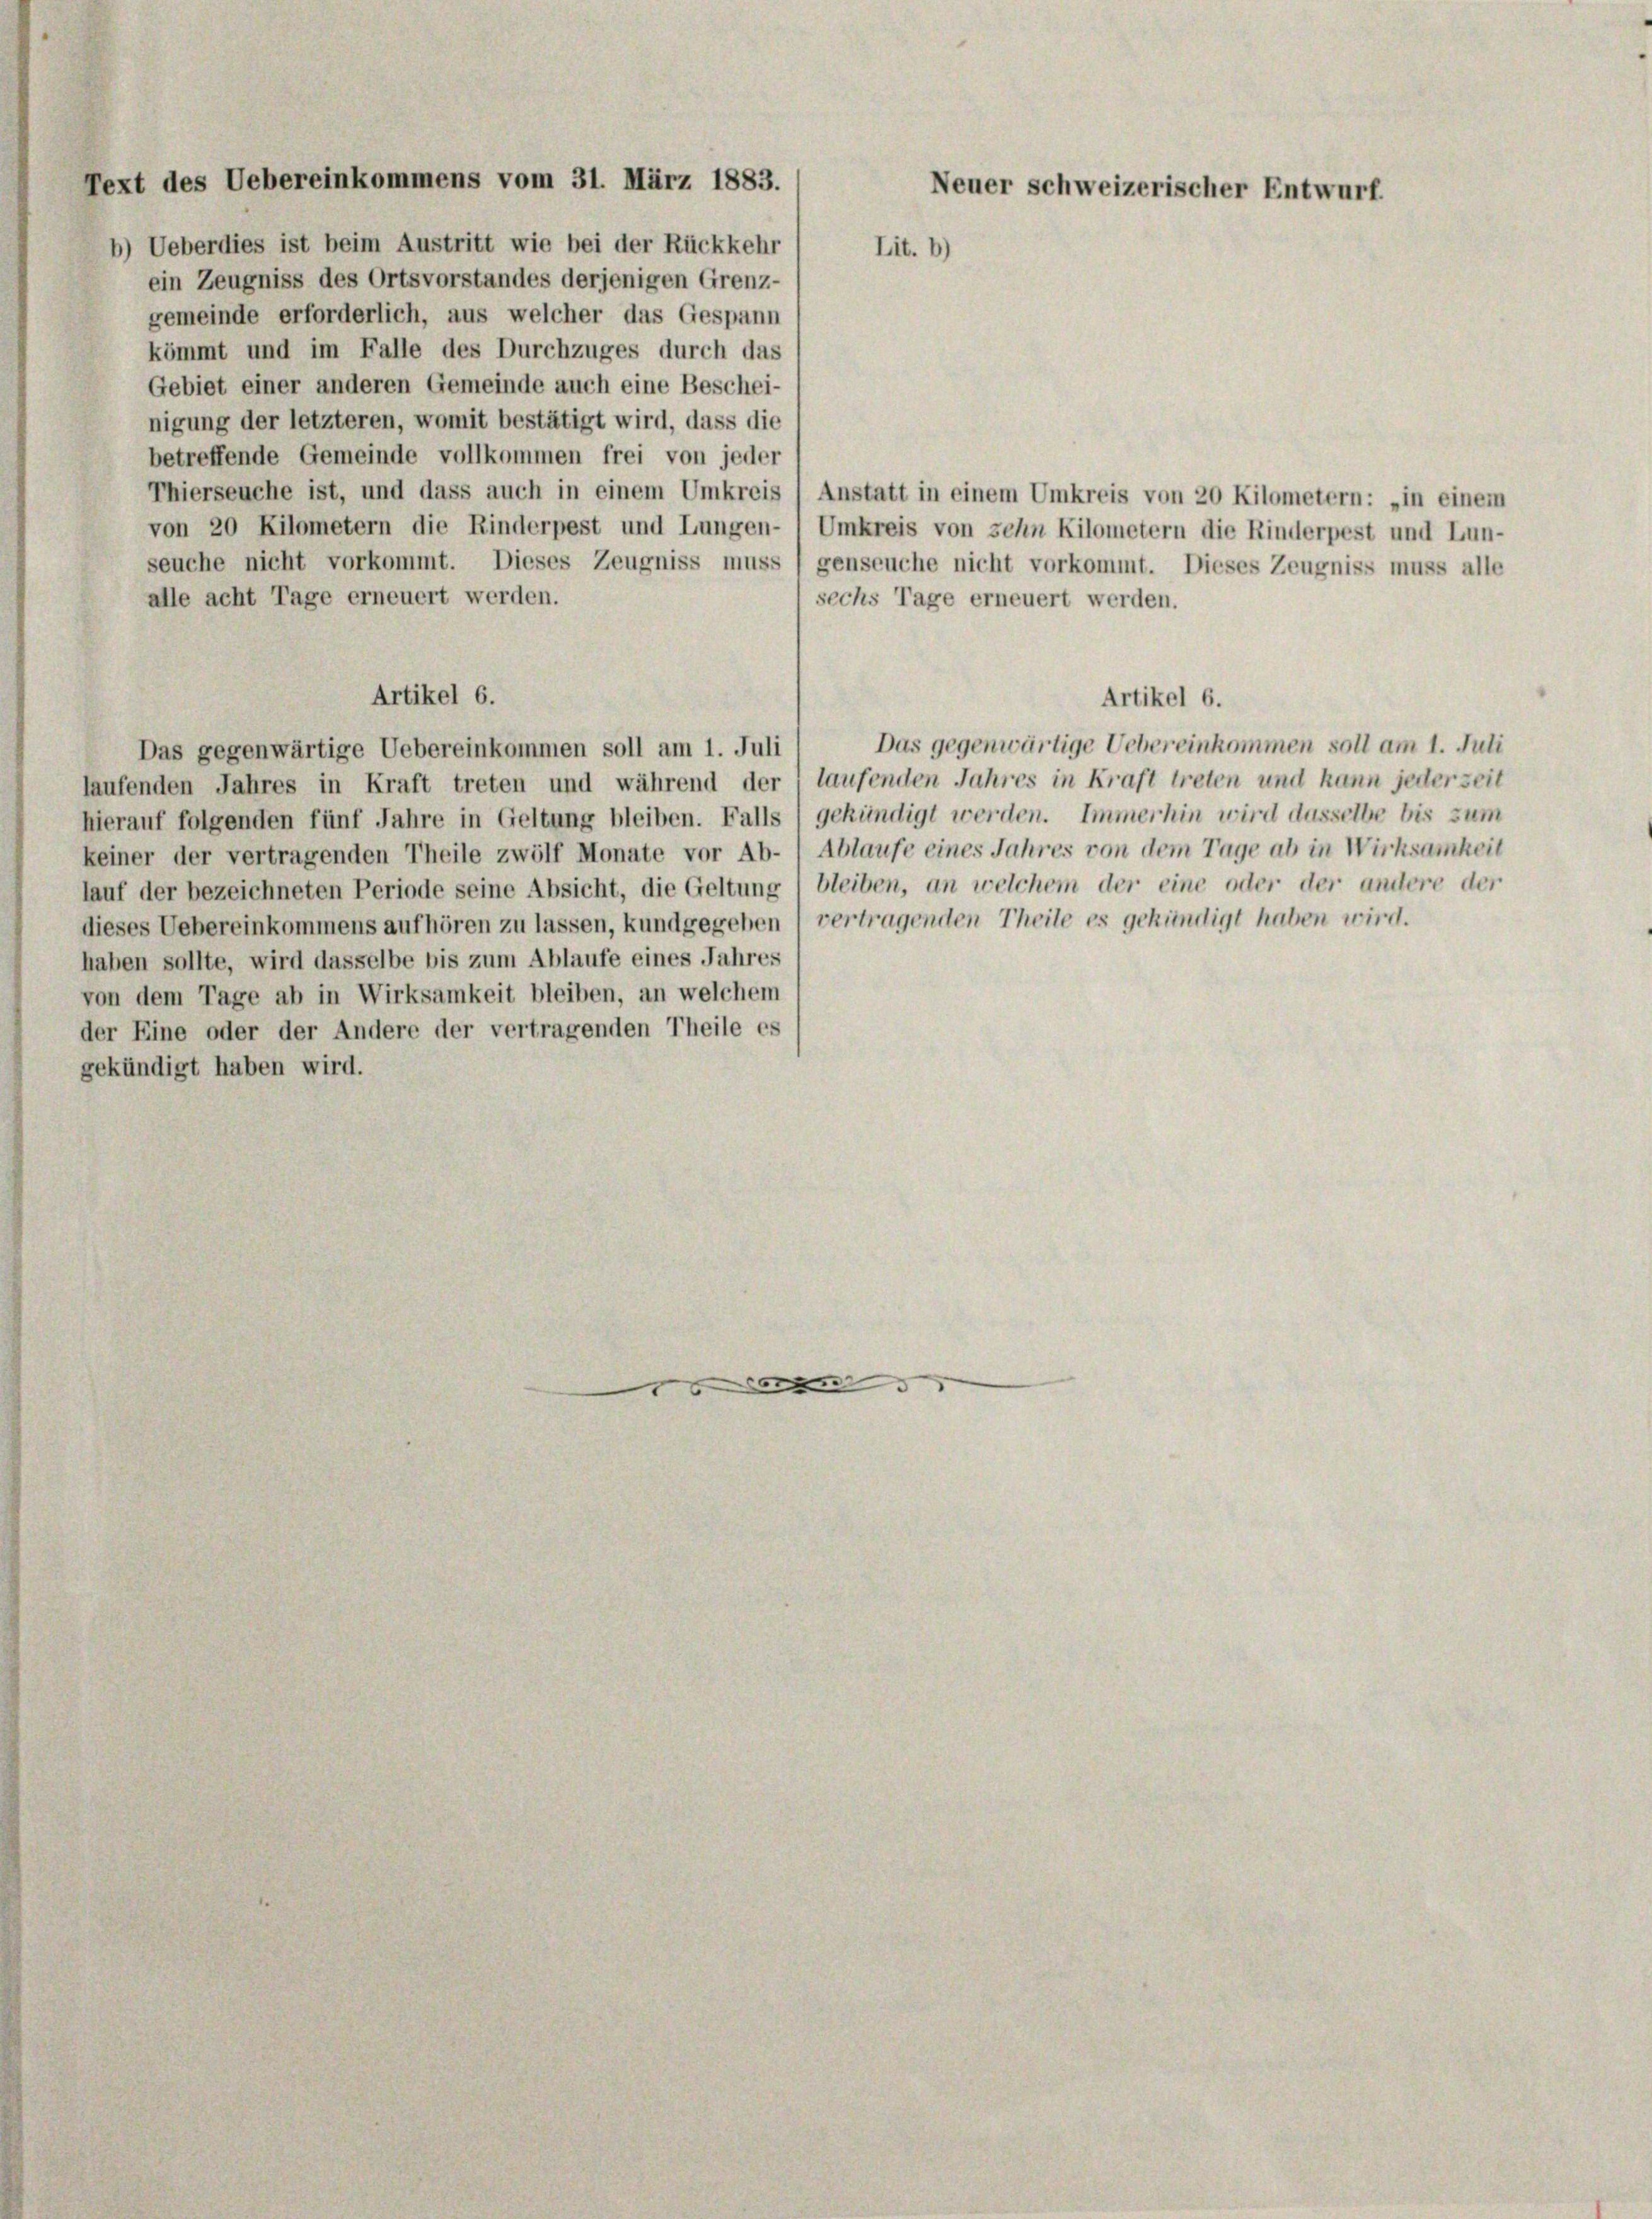
gemeinde erforderlich, aus welcher das Gespann
kömmt und im Falle des Durchzuges durch das
Gebiet einer anderen Gemeinde auch eine Beschei-
nigung der letzteren, womit bestätigt wird, dass die
betreffende Gemeinde vollkommen frei von jeder
Thierseuche ist, und dass auch in einem Umkreis / Anstatt in einem Umkreis von 20 Kilometern: „in einem
von 20 Kilometern die Rinderpest und Lungen- 1 Umkreis von sehn Kilometern die Rinderpest und Lun-
seuche nicht vorkommt. Dieses Zeugniss muss (genseuche nicht vorkommt. Dieses Zeugniss muss alle
alle acht Tage erneuert werden.
sechs Tage erneuert werden.
Artikel 6.
Artikel 6.
Das gegenwärtige Uebereinkommen soll am 1. Juli
Das gegenwärtige Uebereinkommen soll am 1. Juli
laufenden Jahres in Kraft treten und während der I laufenden Jahres in Kraft treten und kann jederseit
hierauf folgenden fünf Jahre in Geltung bleiben. Falls) gekündigt werden. Immerhin wird ausselbe bis zum
keiner der vertragenden Theile zwölf Monate vor Ab- Ablaufe eines Jahres von dem Tage ab in Wirksamkeit
lauf der bezeichneten Periode seine Absicht, die Geltung) bleiben, an welchem der eine oder der andere der
dieses Uebereinkommens aufhören zu lassen, kundgegeben 1 vertragenden Theile es gekündigt haben wird.
haben sollte, wird dasselbe bis zum Ablaufe eines Jahres
von dem Tage ab in Wirksamkeit bleiben, an welchem
der Eine oder der Andere der vertragenden Theile es
gekündigt haben wird.

Text des Uebereinkommens vom 31. März 1883.
Neuer schweizerischer Entwurf.
b) Ueberdies ist beim Austritt wie bei der Rückkehr
Lit. b)
ein Zeugniss des Ortsvorstandes derjenigen Grenz-

g